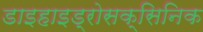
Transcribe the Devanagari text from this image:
डाइहाइड्रोसक्सिनिक